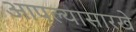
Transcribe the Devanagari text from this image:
आपल्यासारखे